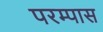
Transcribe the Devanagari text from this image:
परम्पास